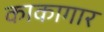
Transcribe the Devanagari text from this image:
काकागार